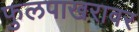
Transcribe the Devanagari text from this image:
फुलपाखरावर